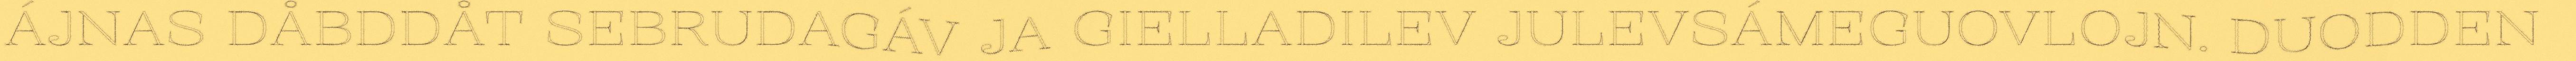
ÁJNAS DÅBDDÅT SEBRUDAGÁV JA GIELLADILEV JULEVSÁMEGUOVLOJN. DUODDEN